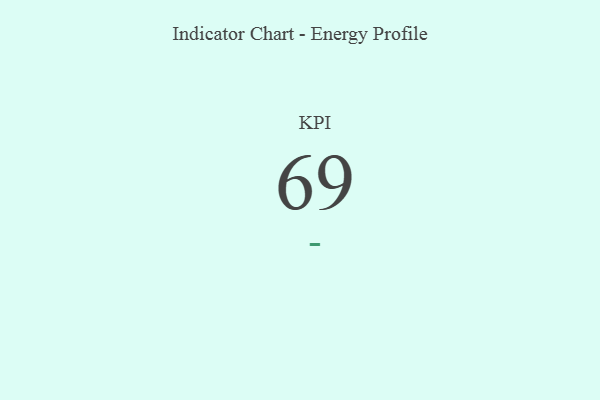
{"axis": {"x": "KPI", "y": "Value"}, "legend": [""], "data": [{"x": "KPI", "y": 69, "type": ""}]}